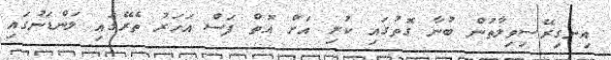
އިނގިރޭސިވިލާތުން ބުނާ ގޮތުގައި ކުރި އަށް އޮތް ފަސް އަހަރު ތެރޭގައި ލަންޑަނުގައި